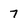
Character: 7